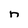
Character: n